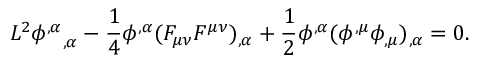
{ \cal L } ^ { 2 } { \phi ^ { , \alpha } } _ { , \alpha } - \frac 1 4 \phi ^ { , \alpha } ( F _ { \mu \nu } F ^ { \mu \nu } ) _ { , \alpha } + \frac 1 2 \phi ^ { , \alpha } ( \phi ^ { , \mu } \phi _ { , \mu } ) _ { , \alpha } = 0 .